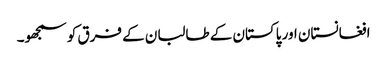
افغانستان اور پاکستان کے طالبان کے فرق کو سمجھو۔